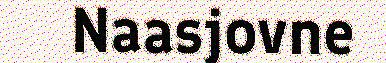
Naasjovne